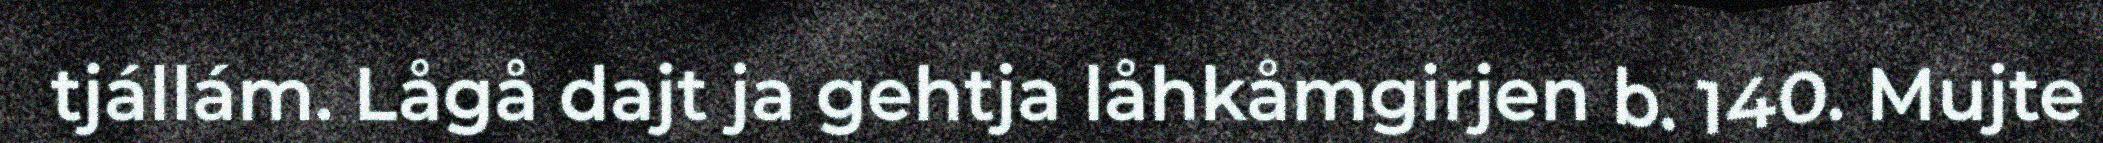
tjállám. Lågå dajt ja gehtja låhkåmgirjen b. 140. Mujte